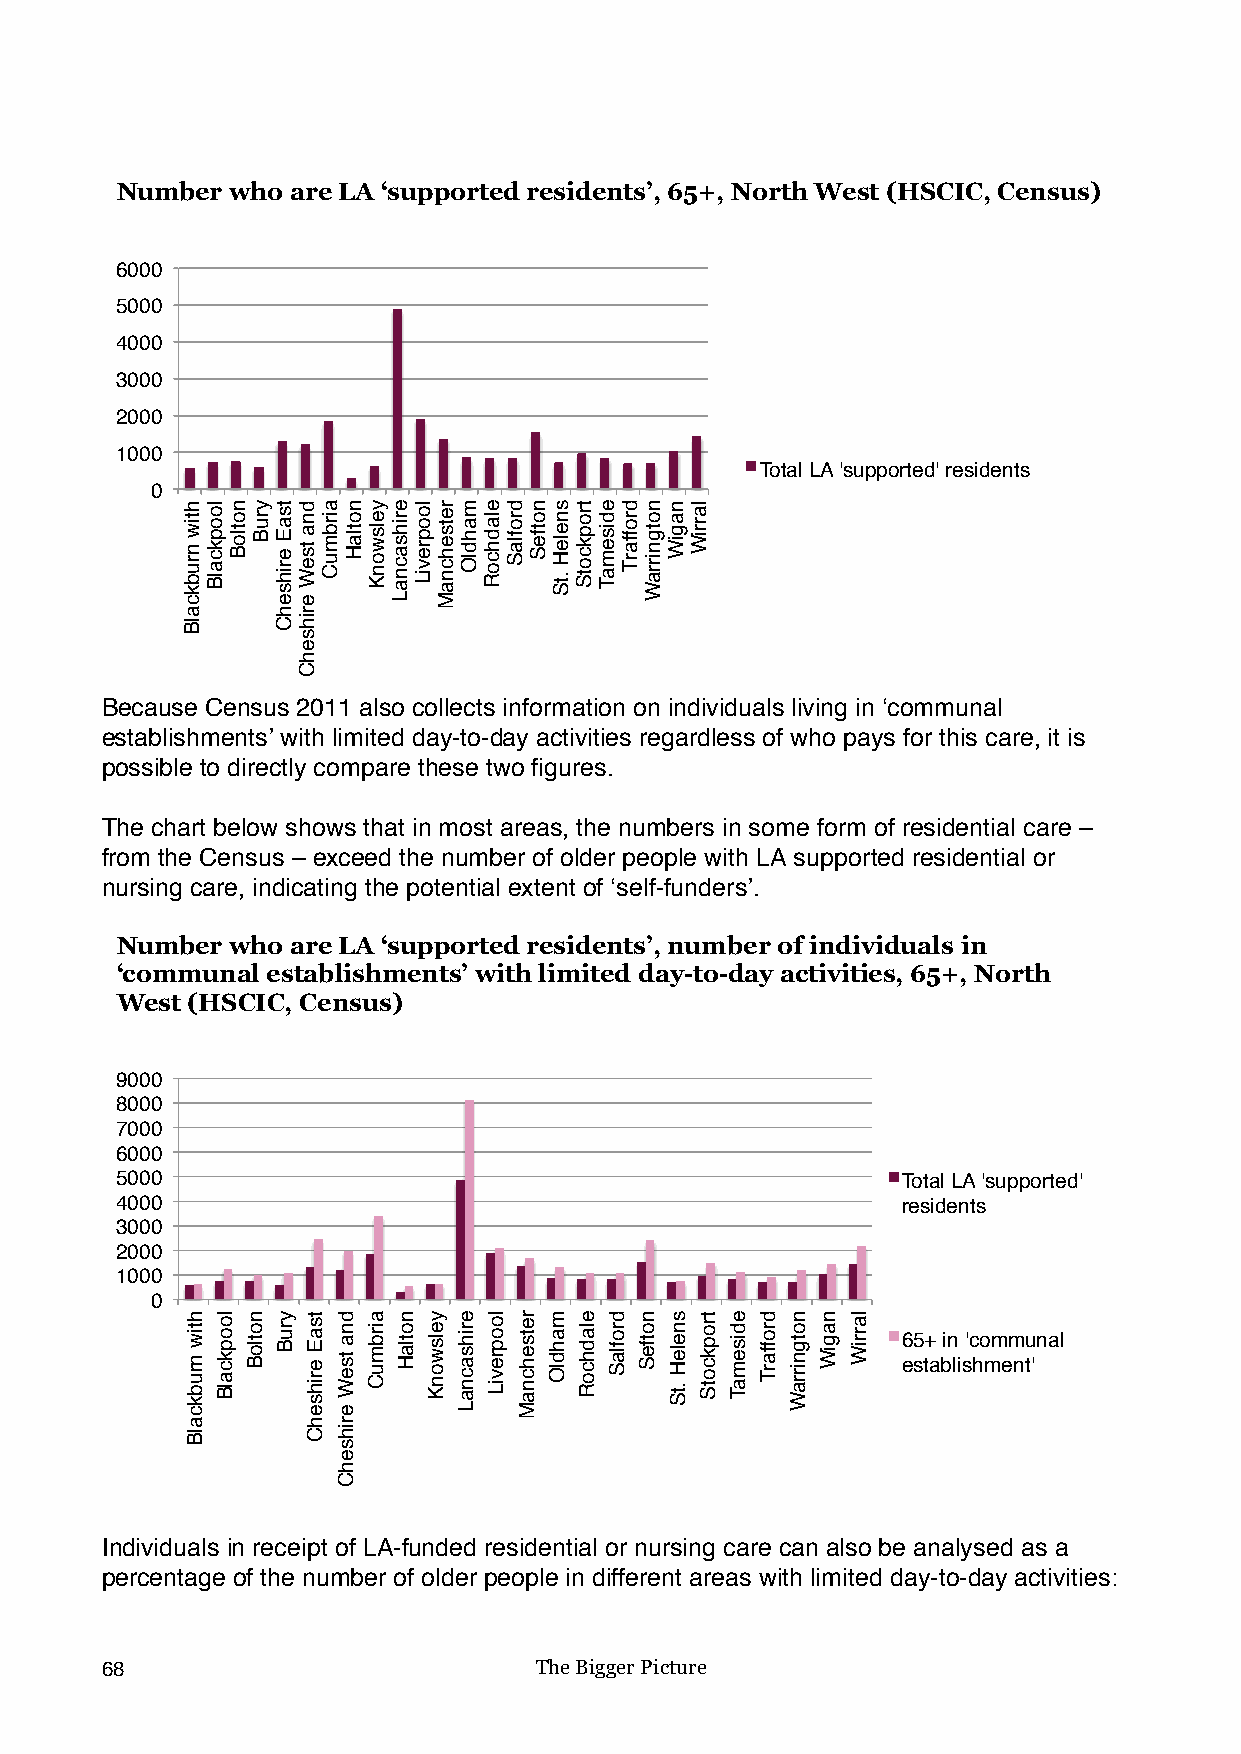
Number who are LA ‘supported residents’, 65+, North West (HSCIC, Census)
 6000
 5000
 4000
 3000
 2000
 1000
 Total LA 'supported' residents
 0
 Because Census 2011 also collects information on individuals living in ‘communal
 establishments’ with limited day-to-day activities regardless of who pays for this care, it is
 possible to directly compare these two figures.
 The chart below shows that in most areas, the numbers in some form of residential care –
 from the Census – exceed the number of older people with LA supported residential or
 nursing care, indicating the potential extent of ‘self-funders’.
 Number who are LA ‘supported residents’, number of individuals in
 ‘communal establishments’ with limited day-to-day activities, 65+, North
 West (HSCIC, Census)
 9000
 8000
 7000
 6000
 5000                                                Total LA 'supported'
 4000                                                residents
 3000
 2000
 1000
 0
 65+ in 'communal
 establishment'
 Individuals in receipt of LA-funded residential or nursing care can also be analysed as a
 percentage of the number of older people in different areas with limited day-to-day activities:
 68                          The Bigger Picture
 htiw
 nrubkcalB
 htiw
 nrubkcalB
 loopkcalB
 loopkcalB
 notloB yruB
 notloB
 tsaE
 erihsehC
 yruB
 dna
 tseW
 erihsehC
 tsaE
 erihsehC
 airbmuC
 dna
 tseW
 erihsehC
 notlaH yelswonK
 airbmuC
 erihsacnaL
 notlaH
 loopreviL
 yelswonK
 retsehcnaM mahdlO
 erihsacnaL
 eladhcoR
 loopreviL
 droflaS
 retsehcnaM
 notfeS sneleH
 .tS
 mahdlO
 tropkcotS
 eladhcoR
 edisemaT
 droflaS
 droffarT notgnirraW
 notfeS
 nagiW
 sneleH
 .tS
 larriW
 tropkcotS edisemaT droffarT notgnirraW nagiW larriW